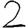
Digit: 2